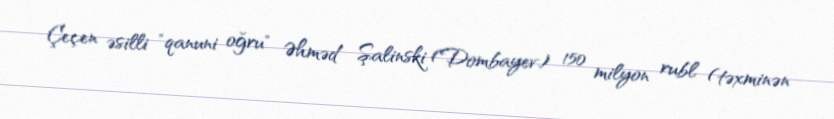
Çeçen əsilli "qanuni oğru" Əhməd Şalinski (Dombayev) 150 milyon rubl (təxminən